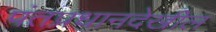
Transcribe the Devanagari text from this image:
पंतप्रधानदेखील